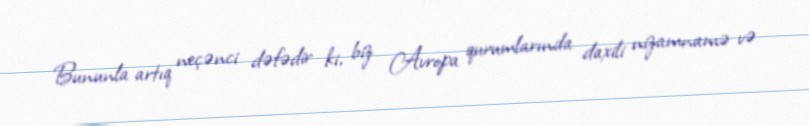
Bununla artıq neçənci dəfədir ki, biz Avropa qurumlarında daxili nizamnamə və